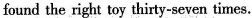
found the right toy thirty-seven times.